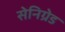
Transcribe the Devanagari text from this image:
सेनिग्रेड